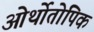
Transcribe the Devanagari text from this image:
ओर्थोतोपिक